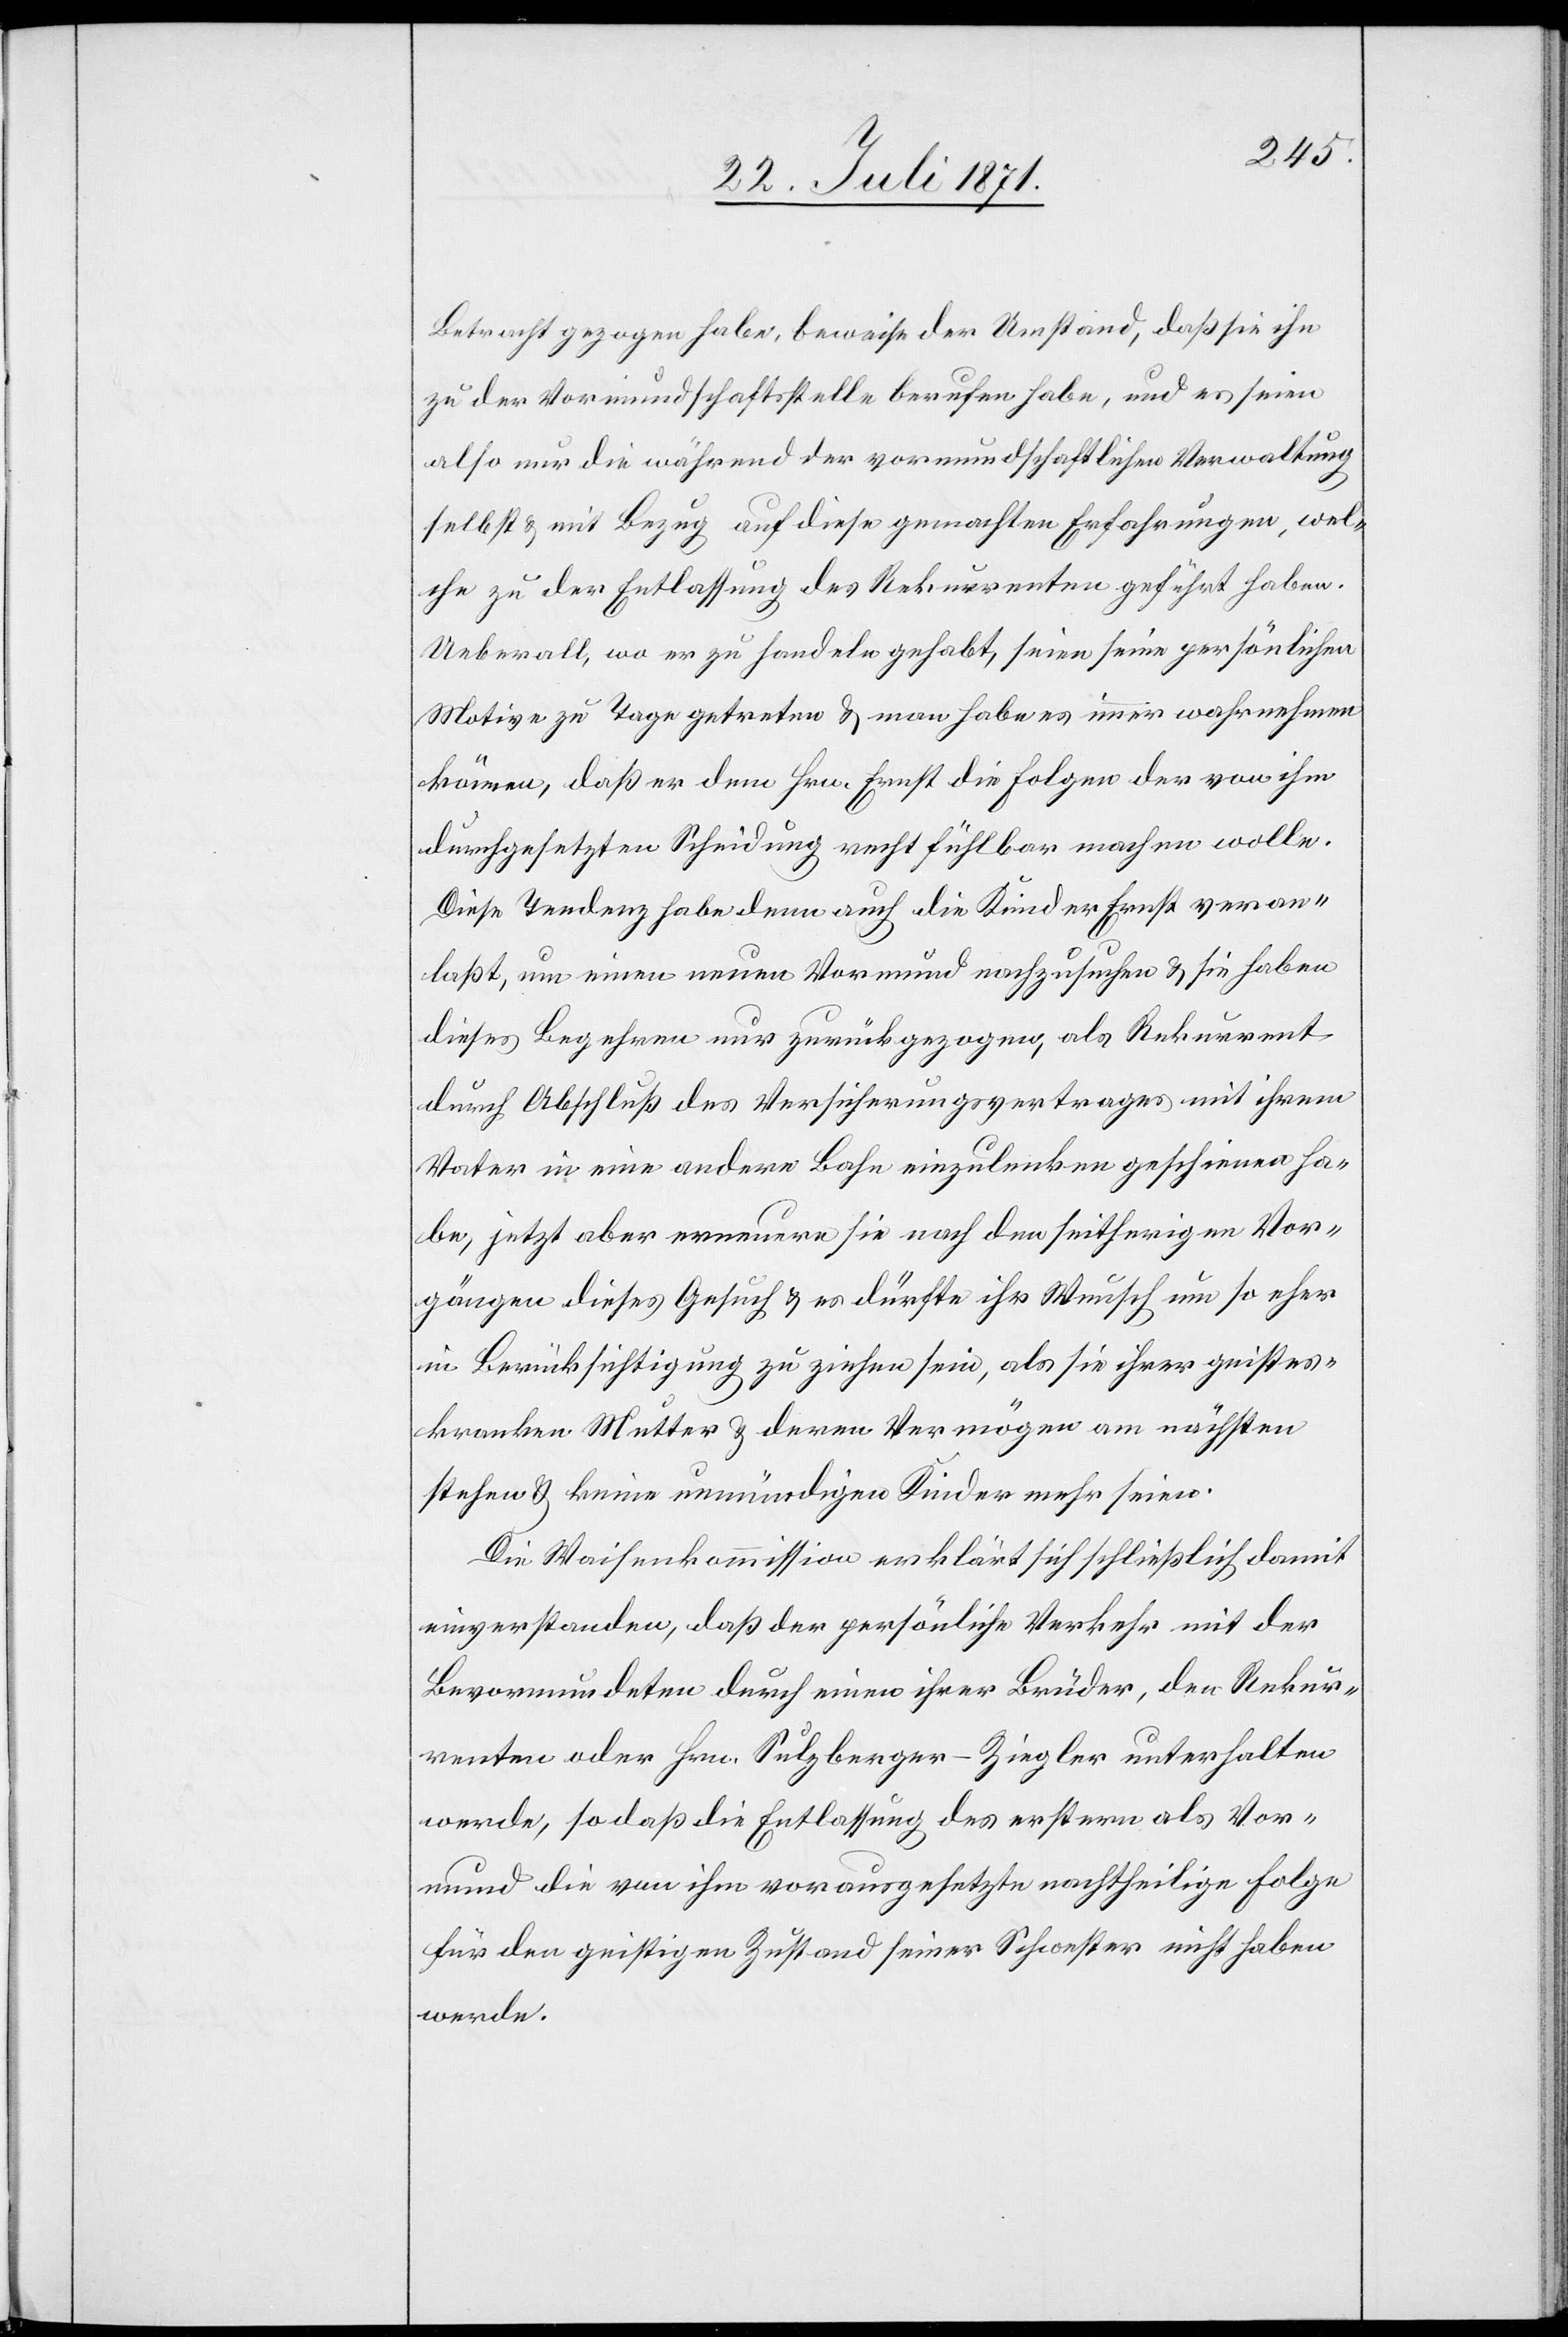
Betracht gezogen habe, beweise der Umstand, daß sie ihn
zu der Vormundschaftsstelle berufen habe, und es seien
also nur die während der vormundschaftlichen Verwaltung
selbst u. mit Bezug auf diese gemachten Erfahrungen, wel¬
che zu der Entlassung des Rekurrenten geführt haben.
Ueberall, wo er zu handeln gehabt, seien seine persönlichen
Motive zu Tage getreten u. man habe es immer wahrnehmen
können, daß er dem Hrn. Ernst die Folgen der von ihm
durchgesetzten Scheidung recht fühlbar machen wolle.
Diese Tendenz habe denn auch die Kinder Ernst veran¬
laßt, um einen neuen Vormund nachzusuchen u. sie haben
dieses Begehren nur zurückgezogen, als Rekurrent
durch Abschluß des Versicherungsvertrages mit ihrem
Vater in eine andere Bahn einzulenken geschienen ha¬
be, jetzt aber erneuern sie nach den seitherigen Vor¬
gängen dieses Gesuch u. es dürfte ihr Wunsch um so eher
in Berücksichtigung zu ziehen sein, als sie ihrer geistes¬
kranken Mutter u. deren Vermögen am nächsten
stehen u. keine unmündigen Kinder mehr seien.
Die Waisenkommission erklärt sich schließlich damit
einverstanden, daß der persönliche Verkehr mit der
Bevormundeten durch einen ihrer Brüder, den Rekur¬
renten oder Hrn. Sulzberger-Ziegler unterhalten
werde, so daß die Entlassung des erstern als Vor¬
mund die von ihm vorausgesetzte nachtheilige Folge
für den geistigen Zustand seiner Schwester nicht haben
werde.